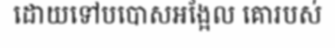
ដោយទៅបបោសអង្អែល គោរបស់